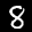
Label: 8